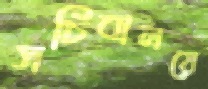
সচিবালয়ে